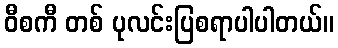
ဝီစကီ တစ် ပုလင်းပြစရာပါပါတယ်။